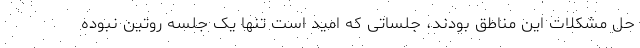
حل مشکلات این مناطق بودند، جلساتی که امید است تنها یک جلسه روتین نبوده